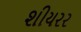
શીયરર